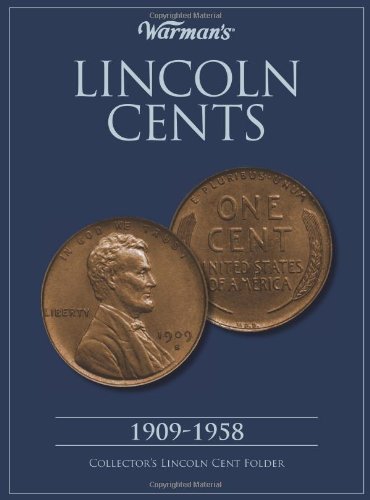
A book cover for Lincoln Cent 1909-1958 Collector's Folder (Warman's Collector Coin Folders); Warman's; Crafts, Hobbies & Home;